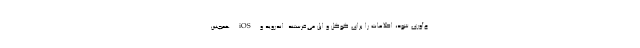
ع‌آوری شود، اطلاعات را برای گوگل و اپل می‌فرستند. اندروید و iOS همچنین